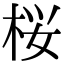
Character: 桜